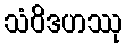
သံဝိဒဟဿု